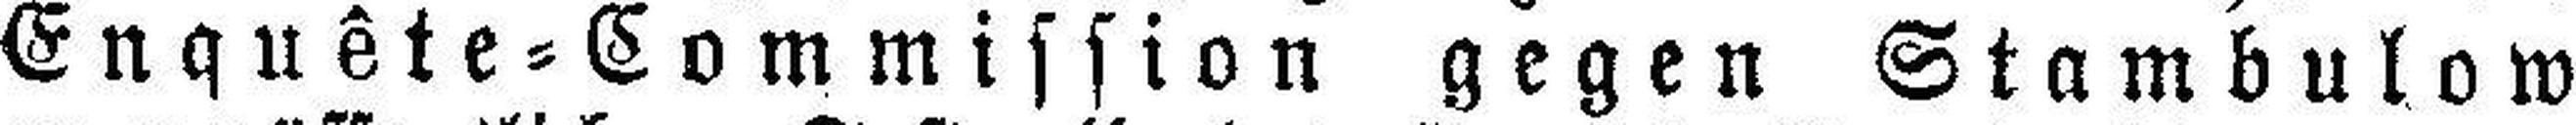
Enquête=Commission gegen Stambulow